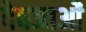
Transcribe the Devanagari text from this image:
देवजाओं